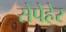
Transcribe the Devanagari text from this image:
सेपेहेर